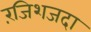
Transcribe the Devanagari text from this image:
रंजिशजदा